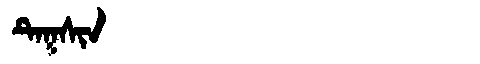
Manchu: ᡨᡝᡴᠰᡳᠨ
Romanization: TEKSIN